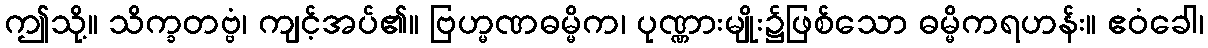
ဤသို့။ သိက္ခတဗ္ဗံ၊ ကျင့်အပ်၏။ ဗြဟ္မဏဓမ္မိက၊ ပုဏ္ဏားမျိုး၌ဖြစ်သော ဓမ္မိကရဟန်း။ ဧဝံခေါ၊